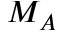
M _ { A }